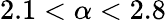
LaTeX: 2.1<\alpha<2.8